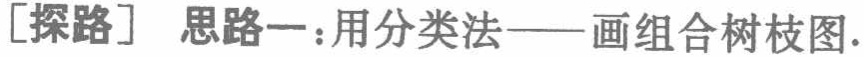
[探路] 思路一：用分类法——画组合树枝图.